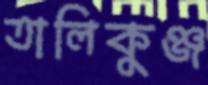
তালিকুঞ্জ